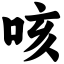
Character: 咳